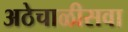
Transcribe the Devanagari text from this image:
अठेचाळीसवा